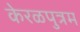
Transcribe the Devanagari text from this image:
केरळपुत्रम